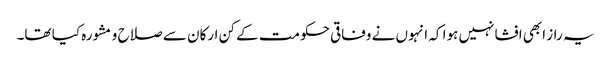
یہ راز ابھی افشا نہیں ہوا کہ انہوں نے وفاقی حکومت کے کن ارکان سے صلاح و مشورہ کیا تھا۔